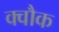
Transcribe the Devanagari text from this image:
क्वौक